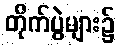
တိုက်ပွဲများ၌